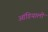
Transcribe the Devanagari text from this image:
आंडियाली